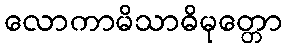
လောကာမိသာဓိမုတ္တော